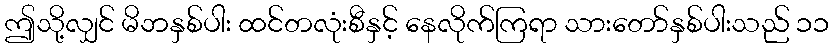
ဤသို့လျှင် မိဘနှစ်ပါး ထင်တလုံးစီနှင့် နေလိုက်ကြရာ သားတော်နှစ်ပါးသည် ၁၁